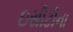
ઇસીટીના